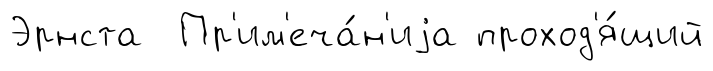
Эрнста Пр'им'еча́н'иjа проход'я́щий